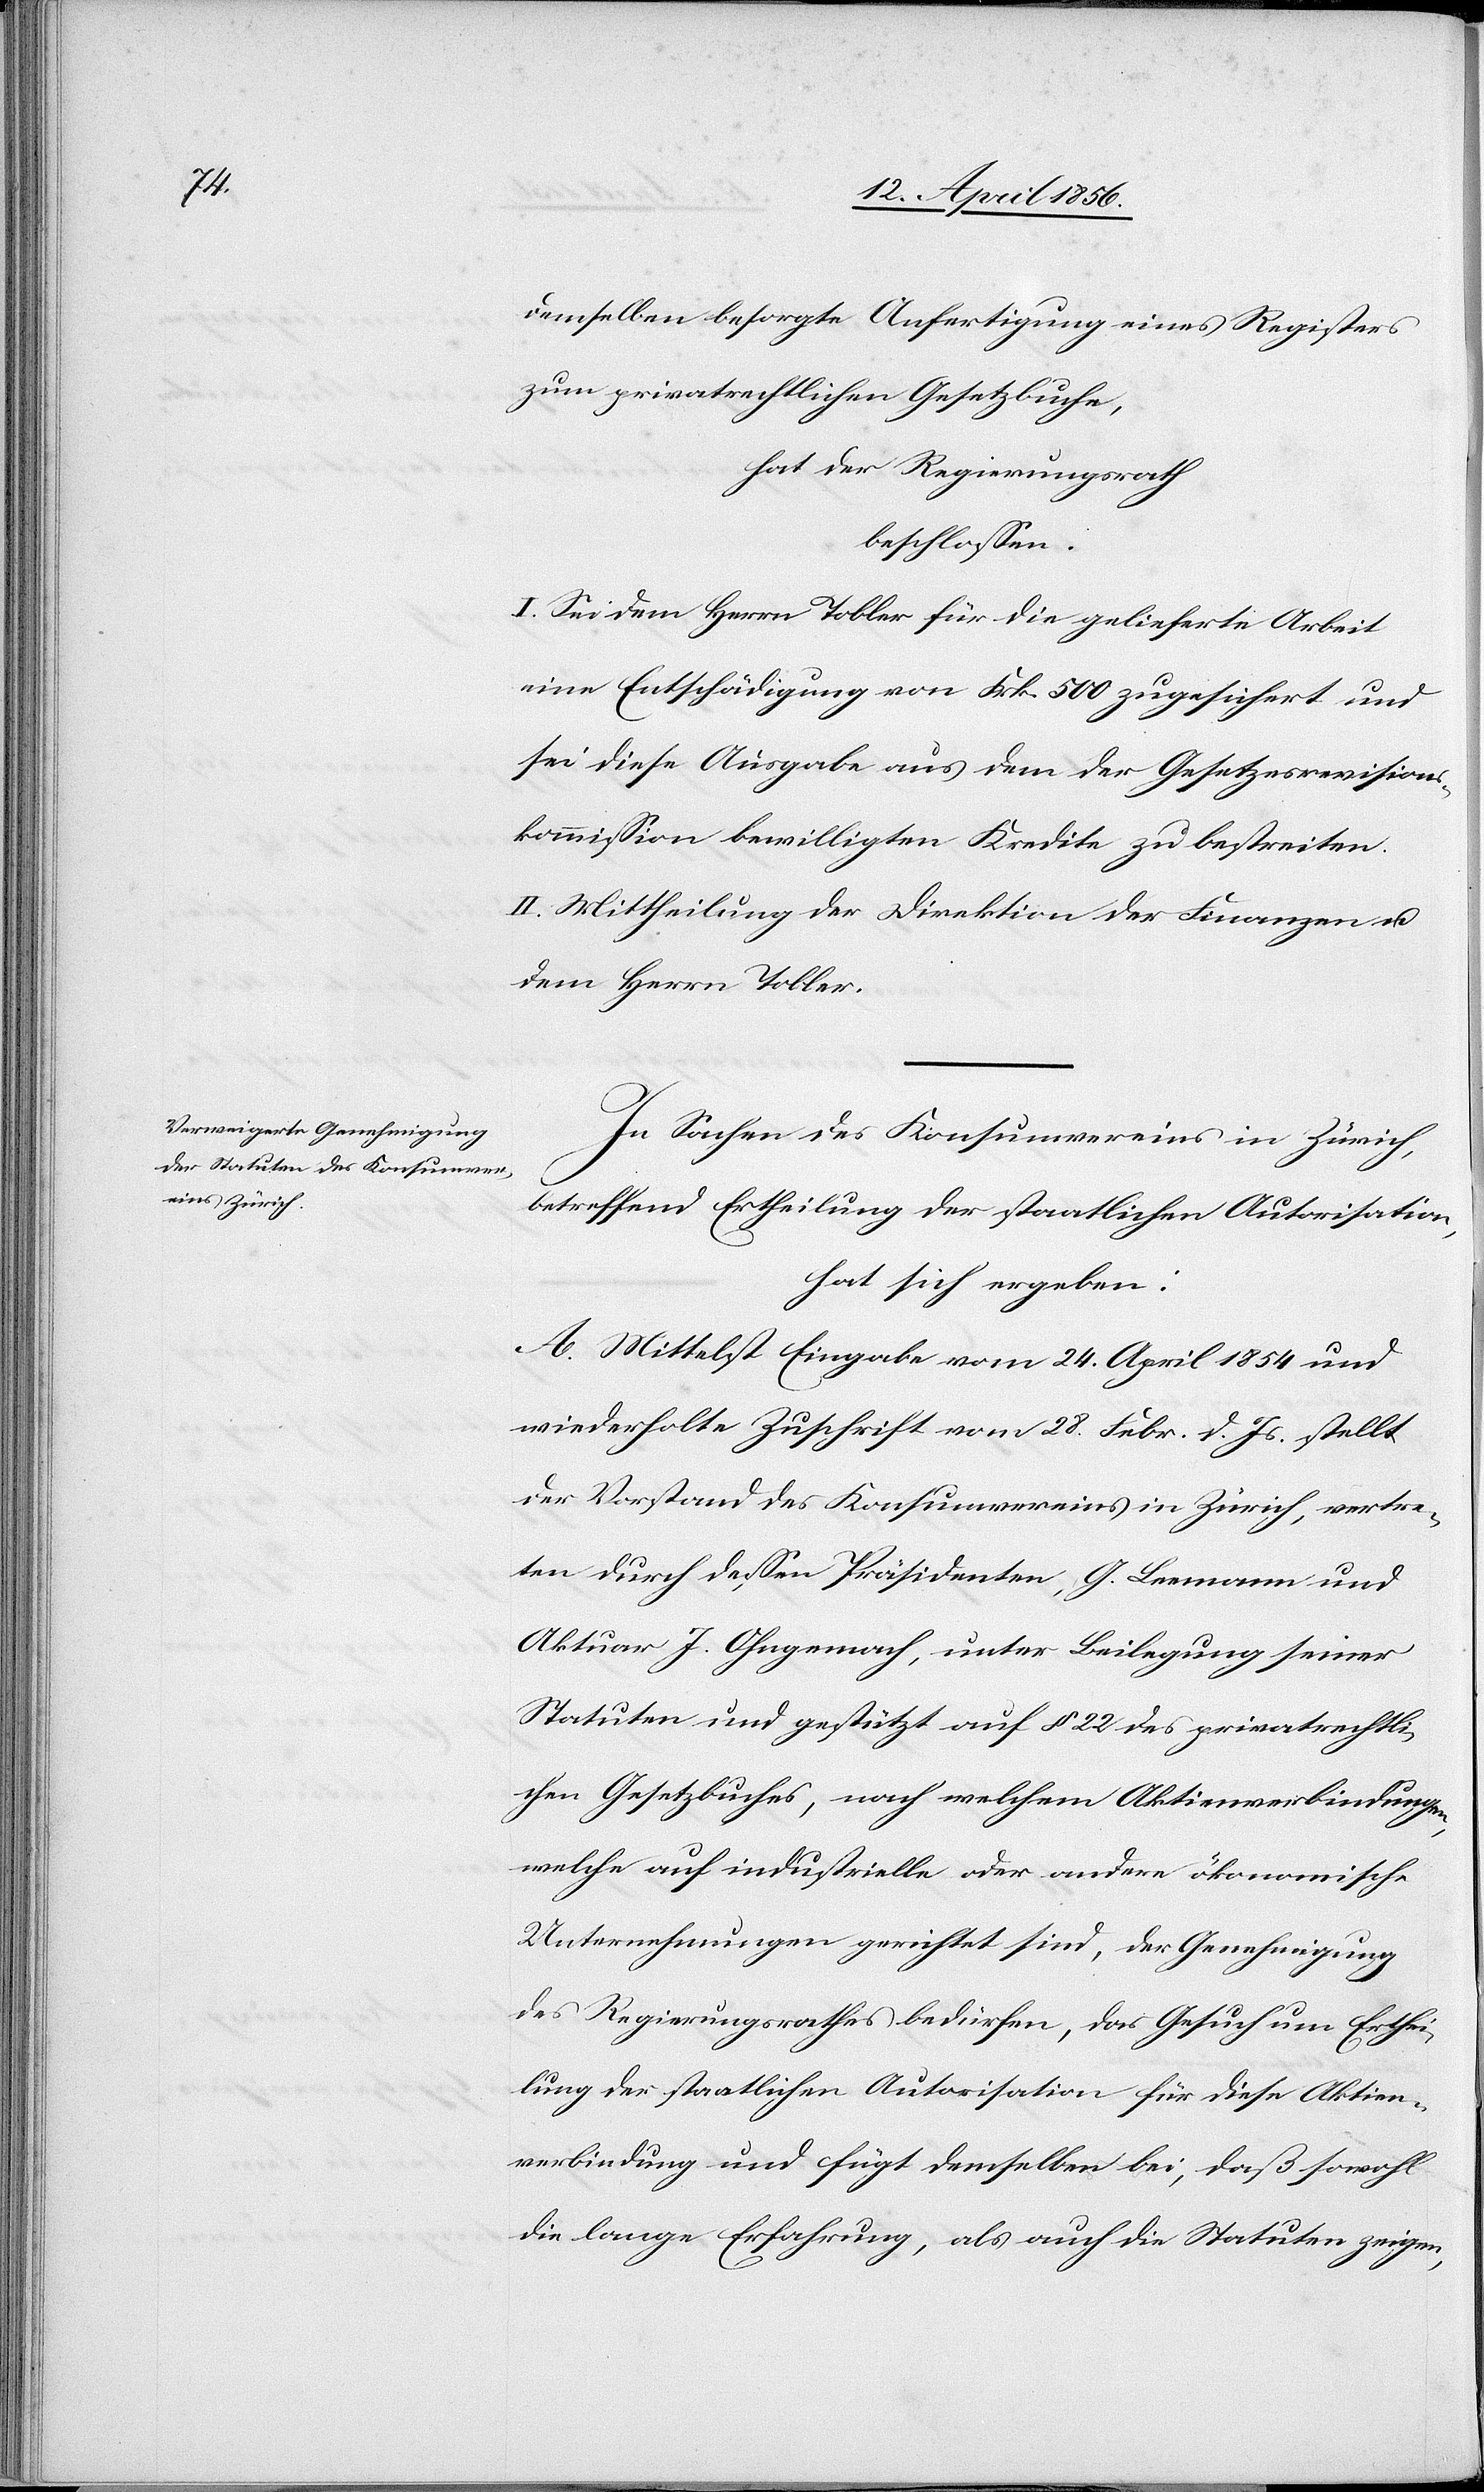
demselben besorgte Anfertigung eines Registers
zum privatrechtlichen Gesetzbuche,
hat der Regierungsrath
beschlossen:
I. Sei dem Herrn Tobler für die gelieferte Arbeit
eine Entschädigung von Frk. 500 zugesichert und
sei diese Ausgabe aus dem der Gesetzesrevisions¬
kommission bewilligten Kredite zu bestreiten.
II. Mittheilung der Direktion der Finanzen u.
dem Herrn Tobler.
In Sachen des Konsumvereins in Zürich,
betreffend Ertheilung der staatlichen Autorisation,
hat sich ergeben:
A. Mittelst Eingabe vom 24. April 1854 und
wiederholte Zuschrift vom 28. Febr. d. Js. stellt
der Vorstand des Konsumvereins in Zürich, vertre¬
ten durch dessen Präsidenten, G. Leemann und
Aktuar J. Ohngemach, unter Beilegung seiner
Statuten und gestützt auf § 22 des privatrechtli¬
chen Gesetzbuches, nach welchem Aktienverbindungen,
welche auf industrielle oder andere ökonomische
Untersuchungen gerichtet sind, der Genehmigung
des Regierungsrathes bedürfen, das Gesuch um Erthei¬
lung der staatlichen Autorisation für diese Aktien¬
verbindung und fügt demselben bei, daß sowohl
die lange Erfahrung, als auch die Statuten zeigen,